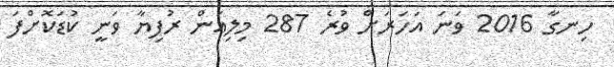
ހިނގާ 2016 ވަނަ އަހަރަށް ވުރެ 287 މިލިއަން ރުފިޔާ ވަނީ ކުޑަކޮށްފަ